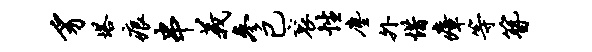
豸塔痕串义参已衮性尘外惜瘴等簪